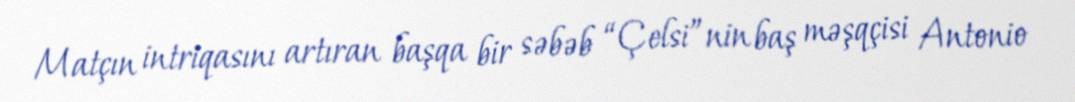
Matçın intriqasını artıran başqa bir səbəb “Çelsi”nin baş məşqçisi Antonio